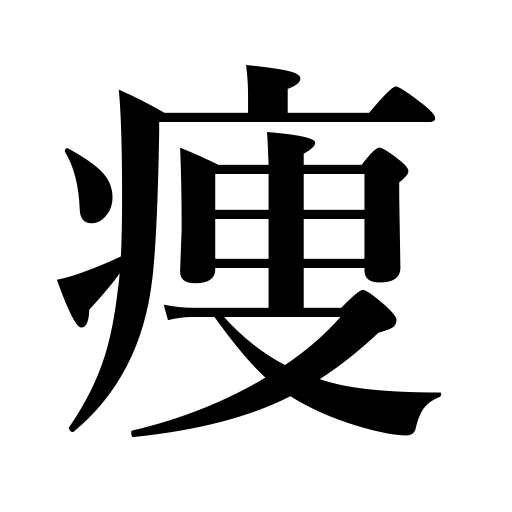
Meanings: get thin